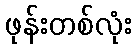
ဖုန်းတစ်လုံး